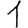
Digit: 1